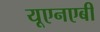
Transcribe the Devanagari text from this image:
यूएनएबी